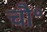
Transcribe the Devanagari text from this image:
चौ॰